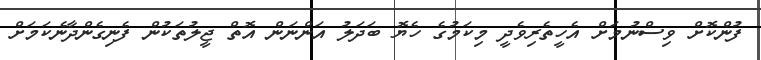
ފުންކޮށް ވިސްނުމަށް އެހީތެރިވެދީ މިކަމުގެ ހެޔޮ ބަދަލު އަންނަން އޮތް ޖީލުތަކުން ފެނިގެންދާނެކަމަށް